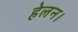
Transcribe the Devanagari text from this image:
हेलन।